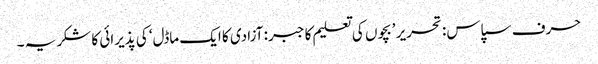
حرف سپاس: تحریر ’بچوں کی تعلیم کا جبر: آزادی کا ایک ماڈل‘ کی پذیرائی کا شکریہ ۔